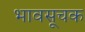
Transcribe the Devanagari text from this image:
भावसूचक